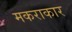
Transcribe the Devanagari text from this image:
मकराकार